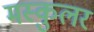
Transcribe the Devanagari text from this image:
मस्कुलर